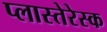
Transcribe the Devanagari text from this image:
प्लास्तेरेस्क